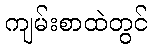
ကျမ်းစာထဲတွင်